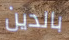
بالدين